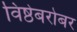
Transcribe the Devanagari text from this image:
विष्ठेबरोबर